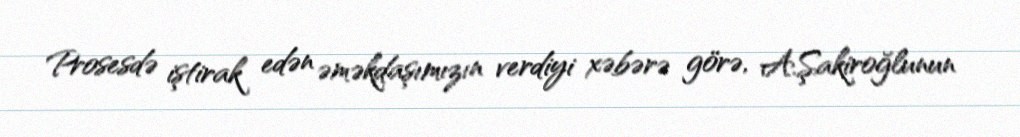
Prosesdə iştirak edən əməkdaşımızın verdiyi xəbərə görə, A.Şakiroğlunun